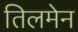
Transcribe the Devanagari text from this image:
तिलमेन